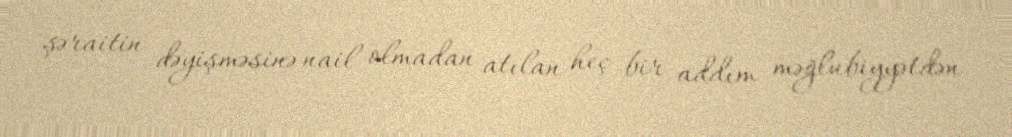
şəraitin dəyişməsinə nail olmadan atılan heç bir addım məğlubiyyətdən